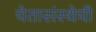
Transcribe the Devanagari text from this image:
चेतासंस्थेची